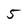
Character: 5